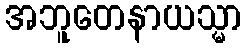
အဘူတေနာယသ္မာ